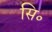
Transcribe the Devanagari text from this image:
सि॰